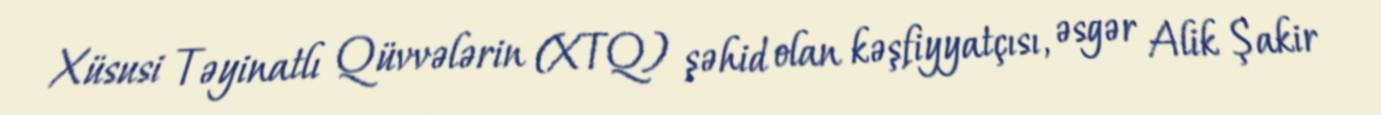
Xüsusi Təyinatlı Qüvvələrin (XTQ) şəhid olan kəşfiyyatçısı, əsgər Alik Şakir